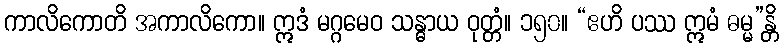
ကာလိကောတိ အကာလိကော။ ဣဒံ မဂ္ဂမေဝ သန္ဓာယ ဝုတ္တံ။ ၁၅၀။ “ဧဟိ ပဿ ဣမံ ဓမ္မ”န္တိ